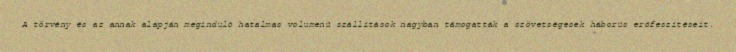
A törvény és az annak alapján meginduló hatalmas volumenű szállítások nagyban támogatták a szövetségesek háborús erőfeszítéseit.